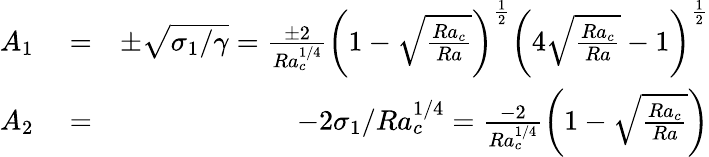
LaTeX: \begin{array}{rlr}{A_{1}}&{{}=}&{\pm\sqrt{\sigma_{1}/\gamma}=\frac{\pm 2}{Ra_{c}^{1/4}}\left(1-\sqrt{\frac{Ra_{c}}{Ra}}\right)^{\frac{1}{2}}\left(4\sqrt{\frac{Ra_{c}}{Ra}}-1\right)^{\frac{1}{2}}}\\ {A_{2}}&{{}=}&{-2\sigma_{1}/Ra_{c}^{1/4}=\frac{-2}{Ra_{c}^{1/4}}\left(1-\sqrt{\frac{Ra_{c}}{Ra}}\right)}\end{array}